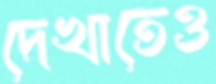
দেখাতেও